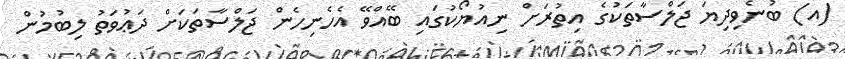
(އ) ބުނެވިދިޔަ ޖަލްސާތަކުގެ އިތުރަށް ނިއުޔޯކުގައި ބޭއްވޭ އެހެނިހެން ޖަލްސާތަކަށް ދަޢުވަތު ލިބުމުން